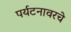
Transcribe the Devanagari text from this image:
पर्यटनावरचे